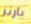
بارنز